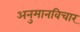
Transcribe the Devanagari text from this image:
अनुमानविचार